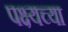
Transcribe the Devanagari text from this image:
पक्ष्यच्या